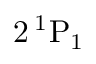
2 \, { } ^ { 1 } \mathrm { P } _ { 1 }